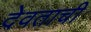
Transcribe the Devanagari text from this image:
देवताची